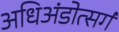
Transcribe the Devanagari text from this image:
अधिअंडोत्सर्ग